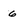
Character: 6